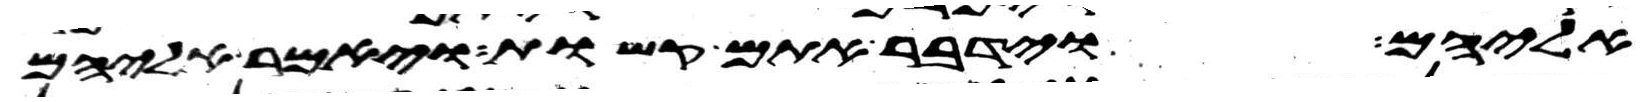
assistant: אליהם וידבר אתם קשות ויאמר אליהם